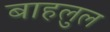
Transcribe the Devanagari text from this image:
बाहलुल